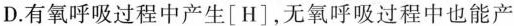
D.有氧呼吸过程中产生[H]，无氧呼吸过程中也能产